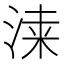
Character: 𣸡